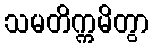
သမတိက္ကမိတွာ